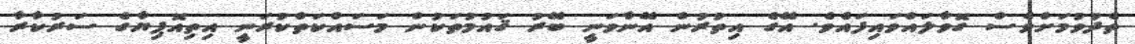
ތެދުވުމަށްވެސް ގޮވާލައްވައިފައެވެ. އޭގެ އިތުރުން އޭނާވަނީ ބޭރު ޤައުމުތަކުން މަސައްކަތްކުރަނީ އިތިއޮޕިޔާގެ ސަރުކާރާ